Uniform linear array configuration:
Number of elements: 8
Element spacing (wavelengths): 0.75
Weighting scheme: cosine
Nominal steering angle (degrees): -60
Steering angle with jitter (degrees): -61.465
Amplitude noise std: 0.05
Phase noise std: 0.05

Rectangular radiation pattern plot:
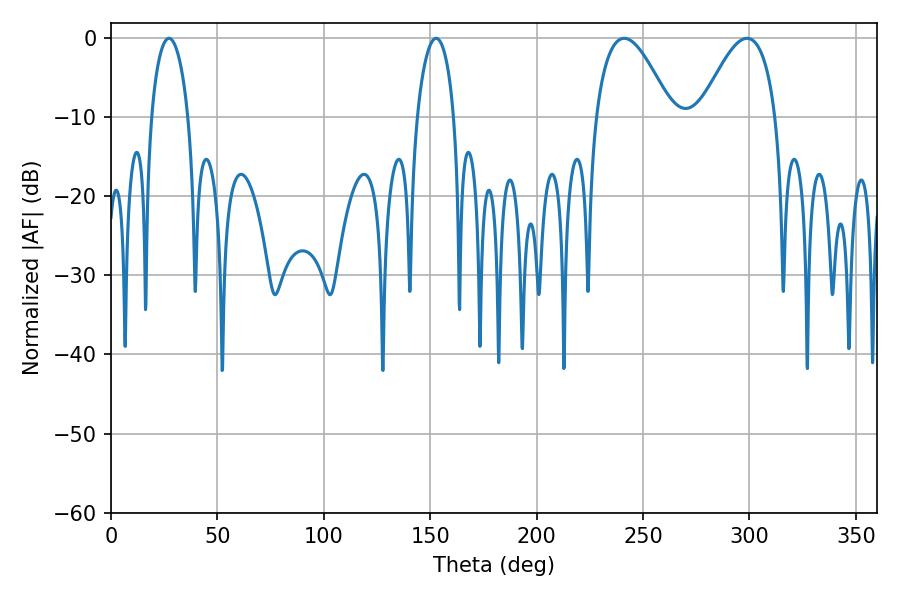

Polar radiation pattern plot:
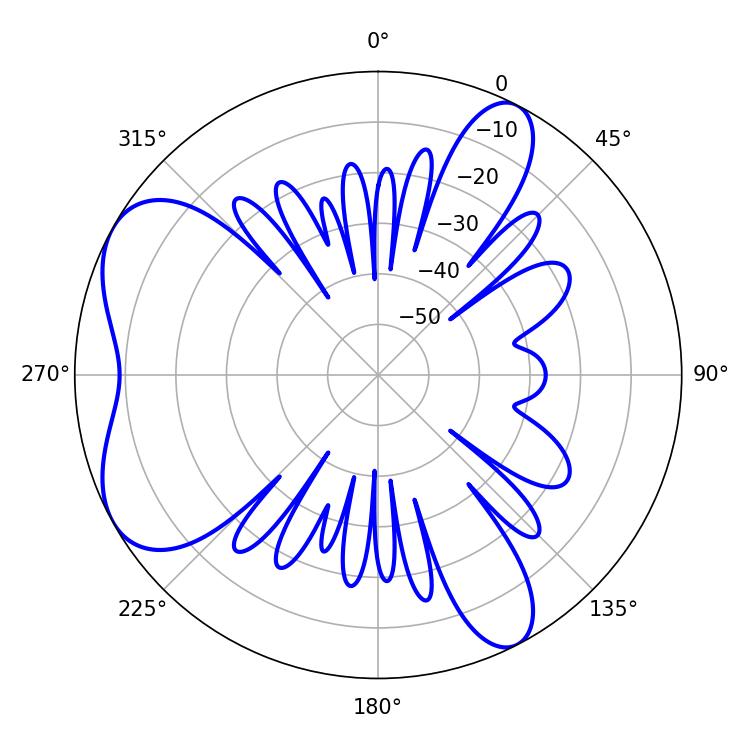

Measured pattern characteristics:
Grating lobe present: TRUE
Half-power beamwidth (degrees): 19.44
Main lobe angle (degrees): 298.8